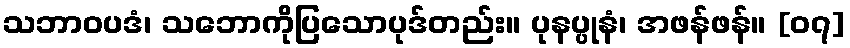
သဘာဝပဒံ၊ သဘောကိုပြသောပုဒ်တည်း။ ပုနပ္ပုနံ၊ အဖန်ဖန်။ [၀၇]